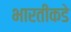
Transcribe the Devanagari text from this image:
भारतीकडे